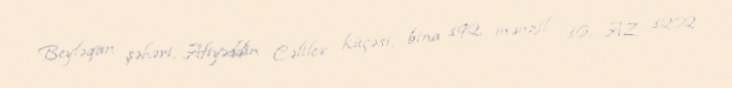
Beyləqan şəhəri, Afiyəddin Cəlilov küçəsi, bina 192, mənzil 16, AZ 1202